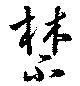
禁